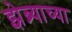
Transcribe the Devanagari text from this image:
झेब्र्याच्या